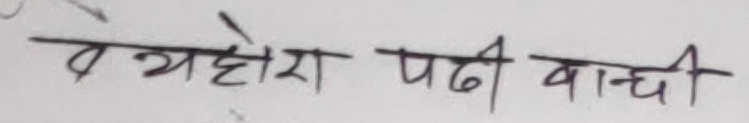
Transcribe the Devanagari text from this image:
व्यहोरा पढी वाची